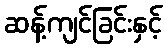
ဆန့်ကျင်ခြင်းနှင့်